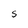
Character: S